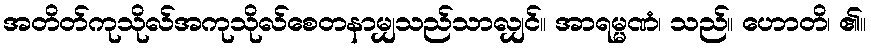
အတိတ်ကုသိုလ်အကုသိုလ်စေတနာမျှသည်သာလျှင်။ အာရမ္မဏံ၊ သည်။ ဟောတိ၊ ၏။